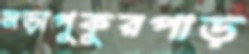
মড়াপুকুরপাড়